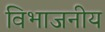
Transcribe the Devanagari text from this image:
विभाजनीय